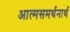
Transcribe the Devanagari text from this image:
आत्मसमर्थनार्थ